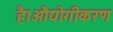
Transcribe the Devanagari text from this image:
है।औद्योगीकरण